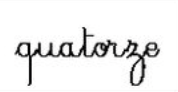
quatorze